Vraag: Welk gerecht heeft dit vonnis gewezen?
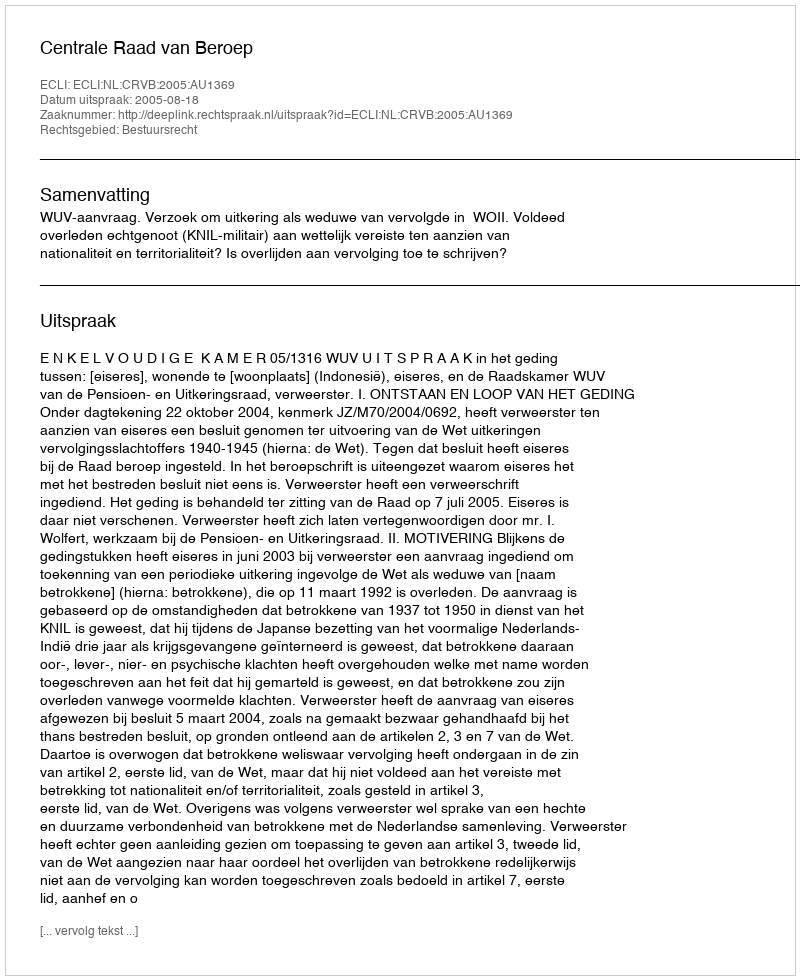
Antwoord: Centrale Raad van Beroep